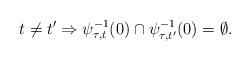
LaTeX: \begin{align*}t\ne t'\Rightarrow\psi_{\tau,t}^{-1}(0)\cap\psi_{\tau,t'}^{-1}(0)=\emptyset.\end{align*}